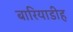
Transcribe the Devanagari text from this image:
बारियाडीह